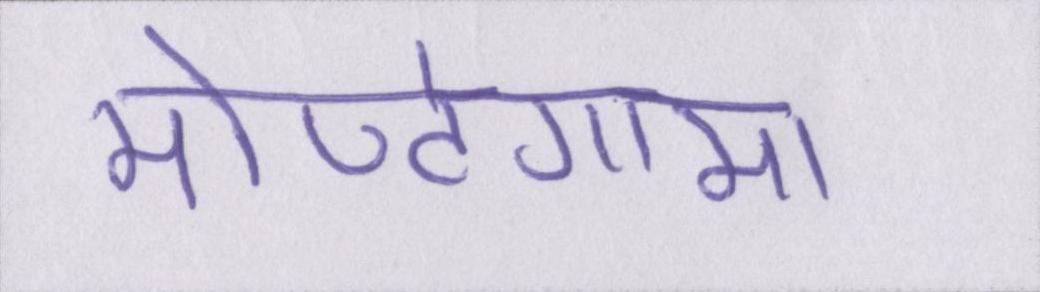
मोण्टेगामा